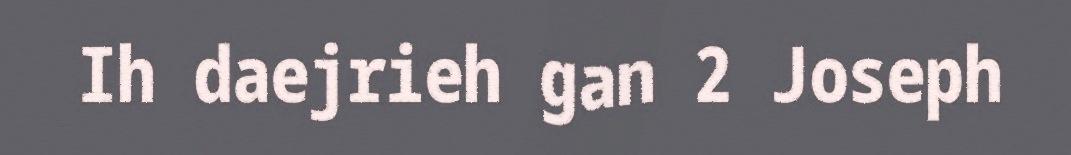
Ih daejrieh gan 2 Joseph